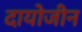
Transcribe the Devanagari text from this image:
दायोजीन